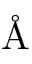
\mathrm { \normalfont \AA }